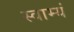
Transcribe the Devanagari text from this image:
स्वाम्यं